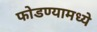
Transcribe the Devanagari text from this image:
फोडण्यामध्ये